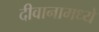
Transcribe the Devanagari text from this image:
दीवानामध्ये